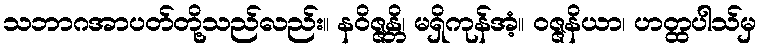
သဘာဂအာပတ်တို့သည်လည်း။ နဝိဇ္ဇန္တိ၊ မရှိကုန်အံ့။ ဝဇ္ဇနိယာ၊ ဟတ္ထပါသ်မှ